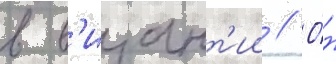
в в'изант'ии // О́н